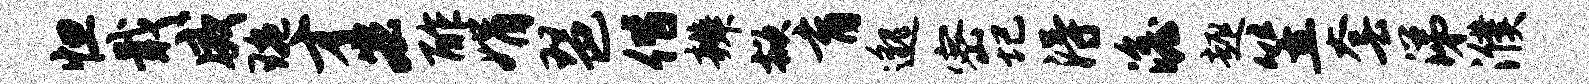
怛戢威琬才宏酢娟琶偕辨掀育邈密圮得澹趣笠套涕濮